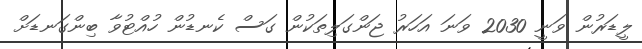
ލީޑަރުން ވަނީ 2030 ވަނަ އަހަރު ޖަންގަލިތަކުން ގަސް ކެނޑުން ހުއްޓުވާ ބިންގަނޑަށް